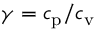
\gamma = c _ { \mathrm { p } } / c _ { \mathrm { v } }